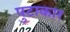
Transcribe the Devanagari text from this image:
पुटाकार